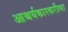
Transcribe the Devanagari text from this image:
आश्चर्यकारकरीत्या